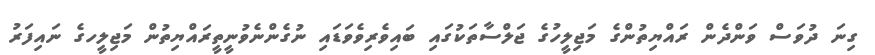
ގިނަ ދުވަސް ވަންދެން ރައްޔިތުންގެ މަޖިލީހުގެ ޖަލްސާތަކުގައި ބައިވެރިވެވަޑައި ނުގެންނެވުނީތީރައްޔިތުން މަޖިލީހގެ ނައިފަރު